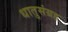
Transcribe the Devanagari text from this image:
धातुसंग्रह